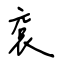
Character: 袞